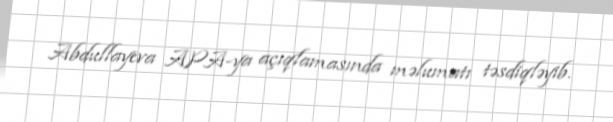
Abdullayeva APA-ya açıqlamasında məlumatı təsdiqləyib.